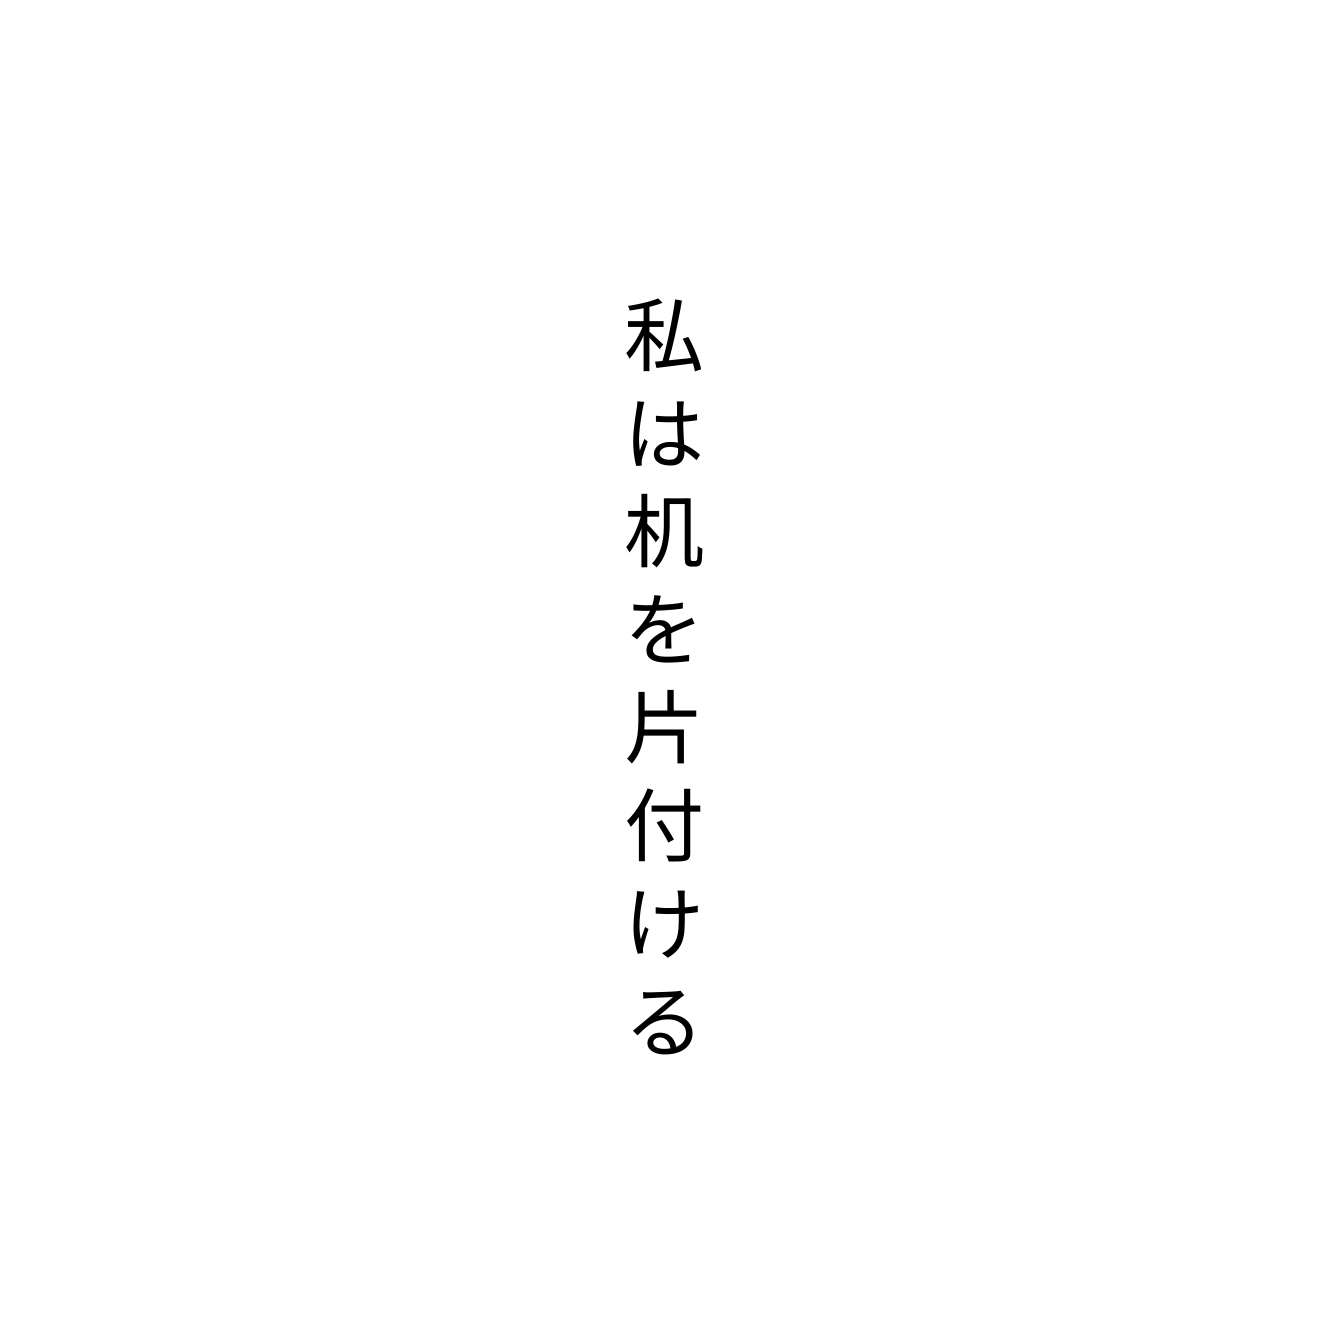
私は机を片付ける